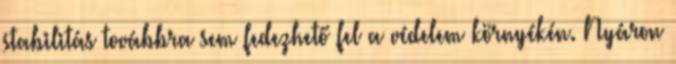
stabilitás továbbra sem fedezhető fel a védelem környékén. Nyáron